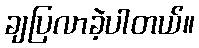
ချပြလာခဲ့ပါတယ်။